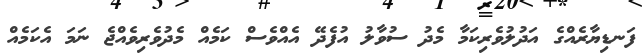
ފަނޑިޔާރެއްގެ އަދުލުވެރިކަމާ މެދު ސުވާލު އުފެދޭ އެއްވެސް ކަމެއް މެދުވެރިވެއްޖެ ނަމަ އެކަމެއް